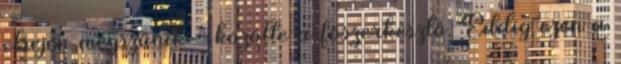
elsején megszűnik - közölte a főszerkesztő. Eddig ezen a